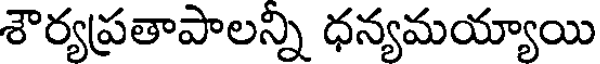
శౌర్యప్రతాపాలన్ని ధన్యమయ్యాయి